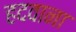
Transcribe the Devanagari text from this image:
हदवाना